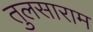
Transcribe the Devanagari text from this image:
तुलसाराम